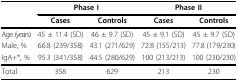
|  | <COLSPAN=2> Phase I | <COLSPAN=2> Phase II |
 |  | Cases | Controls | Cases | Controls |
 | --- | --- | --- | --- | --- |
 | Age (years) | 45 ± 11.4 (SD) | 46 ± 9.7 (SD) | 45 ± 9.1 (SD) | 45 ± 9.7 (SD) |
 | Male, % | 66.8 (239/358) | 43.1 (271/629) | 72.8 (155/213) | 77.8 (179/230) |
 | IgA+*, % | 95.3 (341/358) | 44.5 (280/629) | 100 (213/213) | 100 (230/230) |
 | Total | 358 | 629 | 213 | 230 |